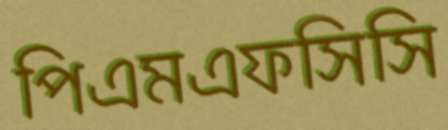
পিএমএফসিসি